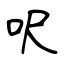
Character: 呎